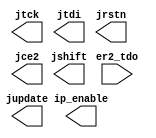
module jtagconn16 (er2_tdo, jtck, jtdi, jshift, jupdate, jrstn, jce2, ip_enable) ;
    input  er2_tdo ; 
    output jtck ; 
    output jtdi ; 
    output jshift ; 
    output jupdate ; 
    output jrstn ; 
    output jce2 ; 
    output ip_enable ; 
endmodule